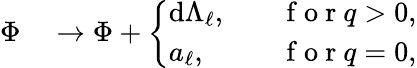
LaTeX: \begin{array}{rl}{\Phi}&{{}\to\Phi+\left\{ \begin{array}{ll}{\mathrm{d}\Lambda_{\ell},}&{\quad\mathrm{~f~o~r~}q>0,}\\ {a_{\ell},}&{\quad\mathrm{~f~o~r~}q=0,}\end{array}\right.}\end{array}